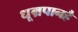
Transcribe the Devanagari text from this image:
धूम्रपानहै